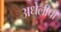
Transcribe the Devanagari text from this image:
अधेलीची